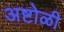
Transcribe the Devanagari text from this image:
अष्टोळी